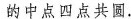
的中点四点共圆.